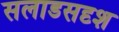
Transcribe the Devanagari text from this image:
सलाडसदृश